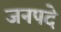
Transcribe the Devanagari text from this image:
जनपदे